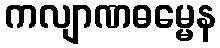
ကလျာဏဓမ္မေန